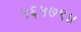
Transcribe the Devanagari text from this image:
५६५७९४